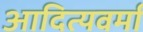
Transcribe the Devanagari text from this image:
आदित्यवर्मा